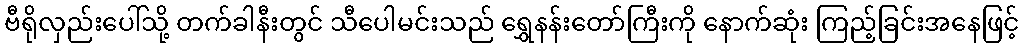
ဗီရိုလှည်းပေါ်သို့ တက်ခါနီးတွင် သီပေါမင်းသည် ရွှေနန်းတော်ကြီးကို နောက်ဆုံး ကြည့်ခြင်းအနေဖြင့်